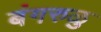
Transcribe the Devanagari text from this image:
बंगरुळु